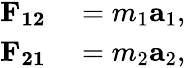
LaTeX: \begin{array}{rl}{\mathbf{F_{12}}}&{{}=m_{1}\mathbf{a}_{1},}\\ {\mathbf{F_{21}}}&{{}=m_{2}\mathbf{a}_{2},}\end{array}